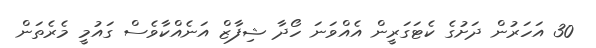
30 އަހަރުން ދަށުގެ ކެޓަގަރީން އެއްވަނަ ހޯދާ ޝިފާޒް އަނެއްކާވެސް ގައުމީ މެރެތަން